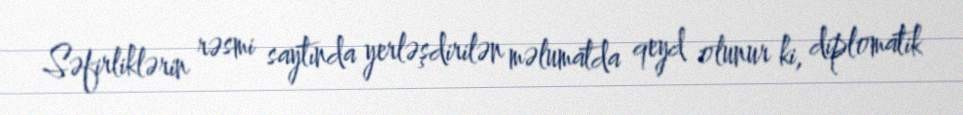
Səfirliklərin rəsmi saytında yerləşdirilən məlumatda qeyd olunur ki, diplomatik